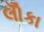
લોઁકા